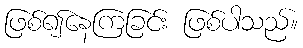
ဖြစ်၍နေကြခြင်း ဖြစ်ပါသည်။